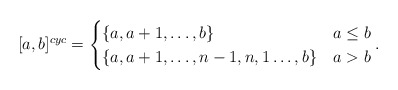
\begin{align*}[a,b]^{cyc} = \begin{cases}\{a,a+1,\ldots,b\} & a \leq b\\\{a,a+1,\ldots,n-1,n,1 \ldots,b\} & a > b\end{cases}.\end{align*}